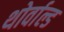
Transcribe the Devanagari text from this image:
थोर्वाल्ड